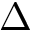
\Delta